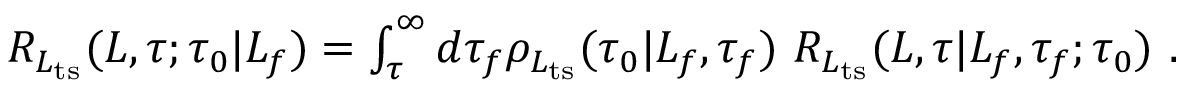
\begin{array} { r } { R _ { L _ { \mathrm { t s } } } ( L , \tau ; \tau _ { 0 } | L _ { f } ) = \int _ { \tau } ^ { \infty } d \tau _ { f } \rho _ { L _ { \mathrm { t s } } } ( \tau _ { 0 } | L _ { f } , \tau _ { f } ) \ R _ { L _ { \mathrm { t s } } } ( L , \tau | L _ { f } , \tau _ { f } ; \tau _ { 0 } ) \ . } \end{array}